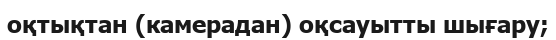
оқтықтан (камерадан) оқсауытты шығару;